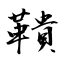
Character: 鞼